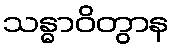
သန္ဓာဝိတွာန